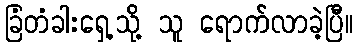
ခြံတံခါးရှေ့သို့ သူ ရောက်လာခဲ့ပြီ။